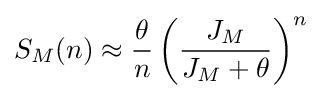
S_{M}(n)\approx {\frac {\theta }{n}}\left({\frac {J_{M}}{J_{M}+\theta }}\right)^{n}